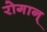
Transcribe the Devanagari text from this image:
रोगान्